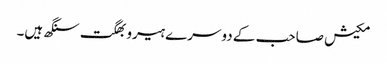
مکیش صاحب کے دوسرے ہیرو بھگت سنگھ ہیں۔